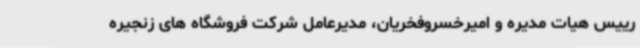
رییس هیات مدیره و امیرخسروفخریان، مدیرعامل شرکت فروشگاه های زنجیره